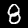
Digit: 8